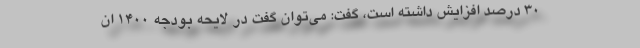
۳۰ درصد افزایش داشته است، گفت: می‌توان گفت در لایحه بودجه ۱۴۰۰ ان